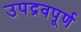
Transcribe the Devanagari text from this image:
उपद्रवपूर्ण